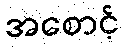
အစောင့်